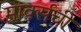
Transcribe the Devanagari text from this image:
मार्क्‍सची